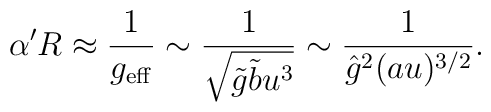
\alpha' R \approx \frac{1}{g_{\rm eff}}\sim \frac{1}{\sqrt{\tilde g \tilde b u^3}} \sim \frac{1}{{\hat g}^2 (a u)^{3/2}}.